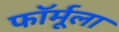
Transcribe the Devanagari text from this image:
फाॅर्मूला